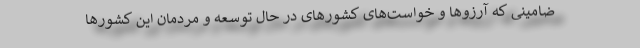
ضامینی که آرزوها و خواست‌های کشورهای در حال توسعه و مردمان این کشورها